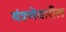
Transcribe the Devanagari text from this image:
यंत्रणेवारील